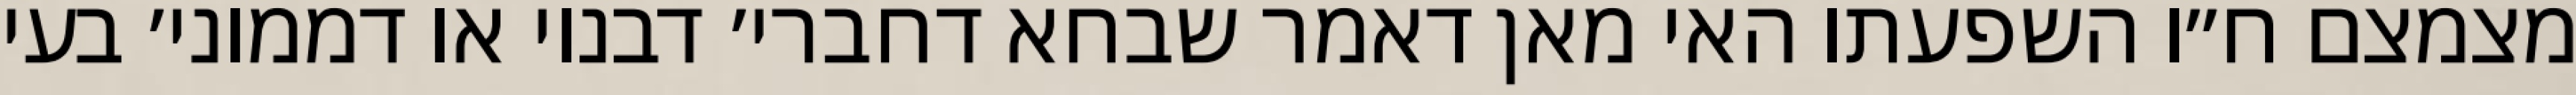
מצמצם ח״ו השפעתו האי מאן דאמר שבחא דחברי׳ דבנוי או דממוני׳ בעי